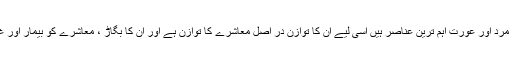
معاشرے کی اٹھان میں مرد اور عورت اہم ترین عناصر ہیں اسی لیے ان کا توازن در اصل معاشرے کا توازن ہے اور ان کا بگاڑ ، معاشرے کو بیمار اور غیر متوازن کر دیتا ہے۔